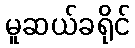
မူဆယ်ခရိုင်